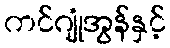
ကင်ဂျုံအွန်နှင့်